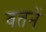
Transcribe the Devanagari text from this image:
वतनें